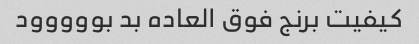
کیفیت برنج فوق العاده بد بووووود